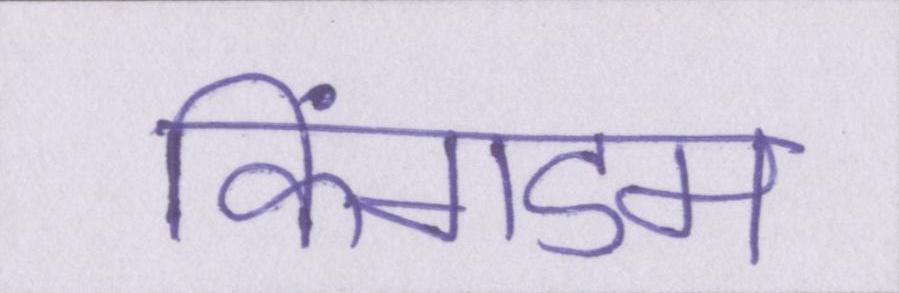
किंगडम